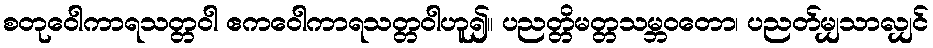
စတုဝေါကာရသတ္တဝါ ဧကဝေါကာရသတ္တဝါဟူ၍။ ပညတ္တိမတ္တသမ္ဘဝတော၊ ပညတ်မျှသာလျှင်